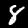
Label: 8